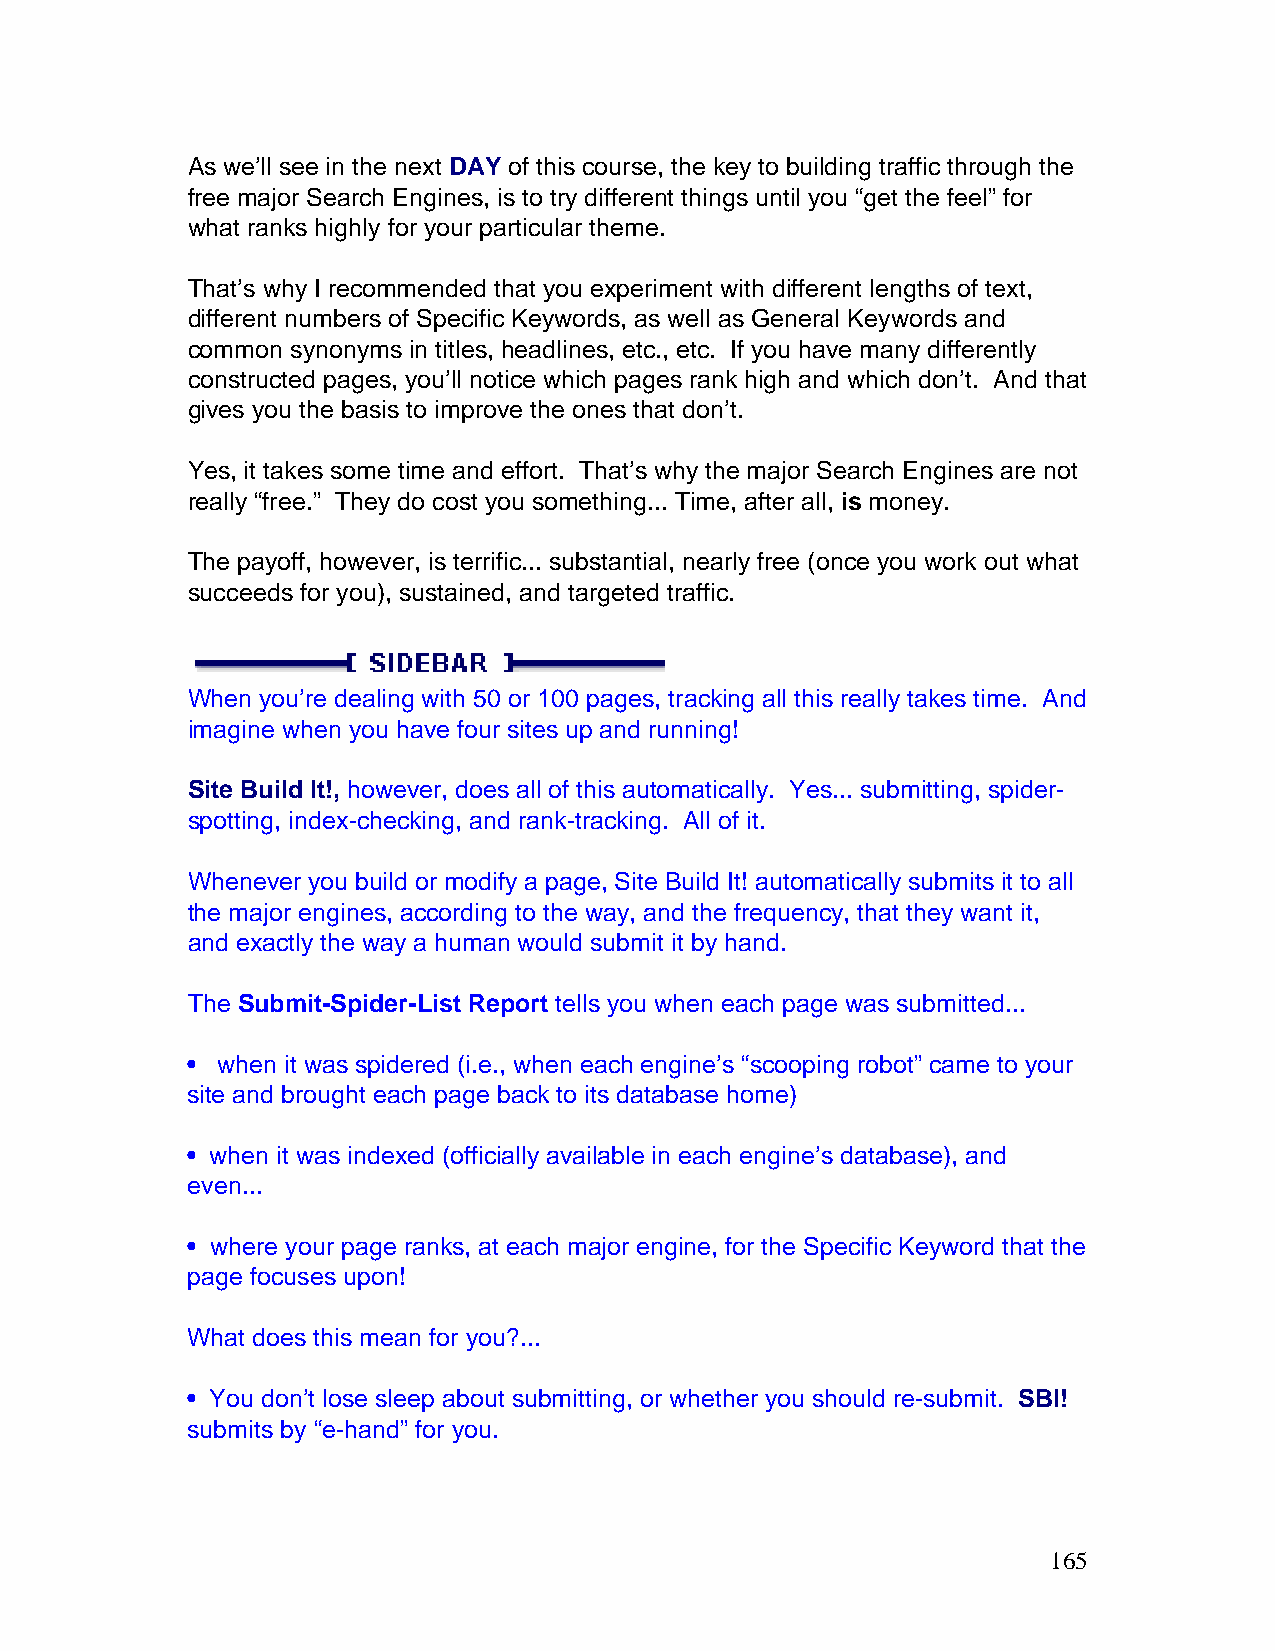
As we’ll see in the next DAY of this course, the key to building traffic through the
 free major Search Engines, is to try different things until you “get the feel” for
 what ranks highly for your particular theme.
 That’s why I recommended that you experiment with different lengths of text,
 different numbers of Specific Keywords, as well as General Keywords and
 common synonyms in titles, headlines, etc., etc. If you have many differently
 constructed pages, you’ll notice which pages rank high and which don’t. And that
 gives you the basis to improve the ones that don’t.
 Yes, it takes some time and effort. That’s why the major Search Engines are not
 really “free.” They do cost you something... Time, after all, is money.
 The payoff, however, is terrific... substantial, nearly free (once you work out what
 succeeds for you), sustained, and targeted traffic.
 When you’re dealing with 50 or 100 pages, tracking all this really takes time. And
 imagine when you have four sites up and running!
 Site Build It!, however, does all of this automatically. Yes... submitting, spider-
 spotting, index-checking, and rank-tracking. All of it.
 Whenever you build or modify a page, Site Build It! automatically submits it to all
 the major engines, according to the way, and the frequency, that they want it,
 and exactly the way a human would submit it by hand.
 The Submit-Spider-List Report tells you when each page was submitted...
 • when it was spidered (i.e., when each engine’s “scooping robot” came to your
 site and brought each page back to its database home)
 • when it was indexed (officially available in each engine’s database), and
 even...
 • where your page ranks, at each major engine, for the Specific Keyword that the
 page focuses upon!
 What does this mean for you?...
 • You don’t lose sleep about submitting, or whether you should re-submit. SBI!
 submits by “e-hand” for you.
 165